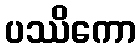
ပဿိကော